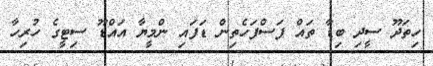
ހިތަދޫ ސީދި ބިޑާ ތައް ފަސްފަހެތިން ޑަފައި ންމީޔާ އައްޑޫ ސިޓީގެ ހުރިހާ